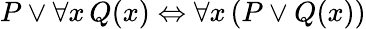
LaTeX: P\lor\forall x\, Q(x)\Leftrightarrow\forall x\, (P\lor Q(x))